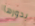
بدورها